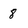
Character: 8